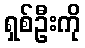
ရှစ်ဦးကို